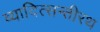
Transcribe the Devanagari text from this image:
व्यादित्सन्तीरथ